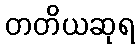
တတိယဆုရ